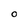
Character: O